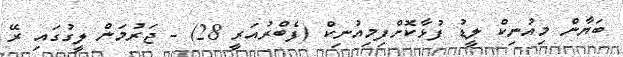
ބަޔާން މިއުނިކް ލީޑު ފުޅާކޮށްފިމިއުނިކް (ފެބްރުއަރީ 28) - ޖަރުމަން ލީގުގައި ރޭ